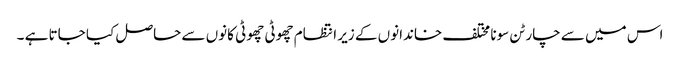
اس میں سے چار ٹن سونا مختلف خاندانوں کے زیر انتظام چھوٹی چھوٹی کانوں سے حاصل کیا جاتا ہے ۔